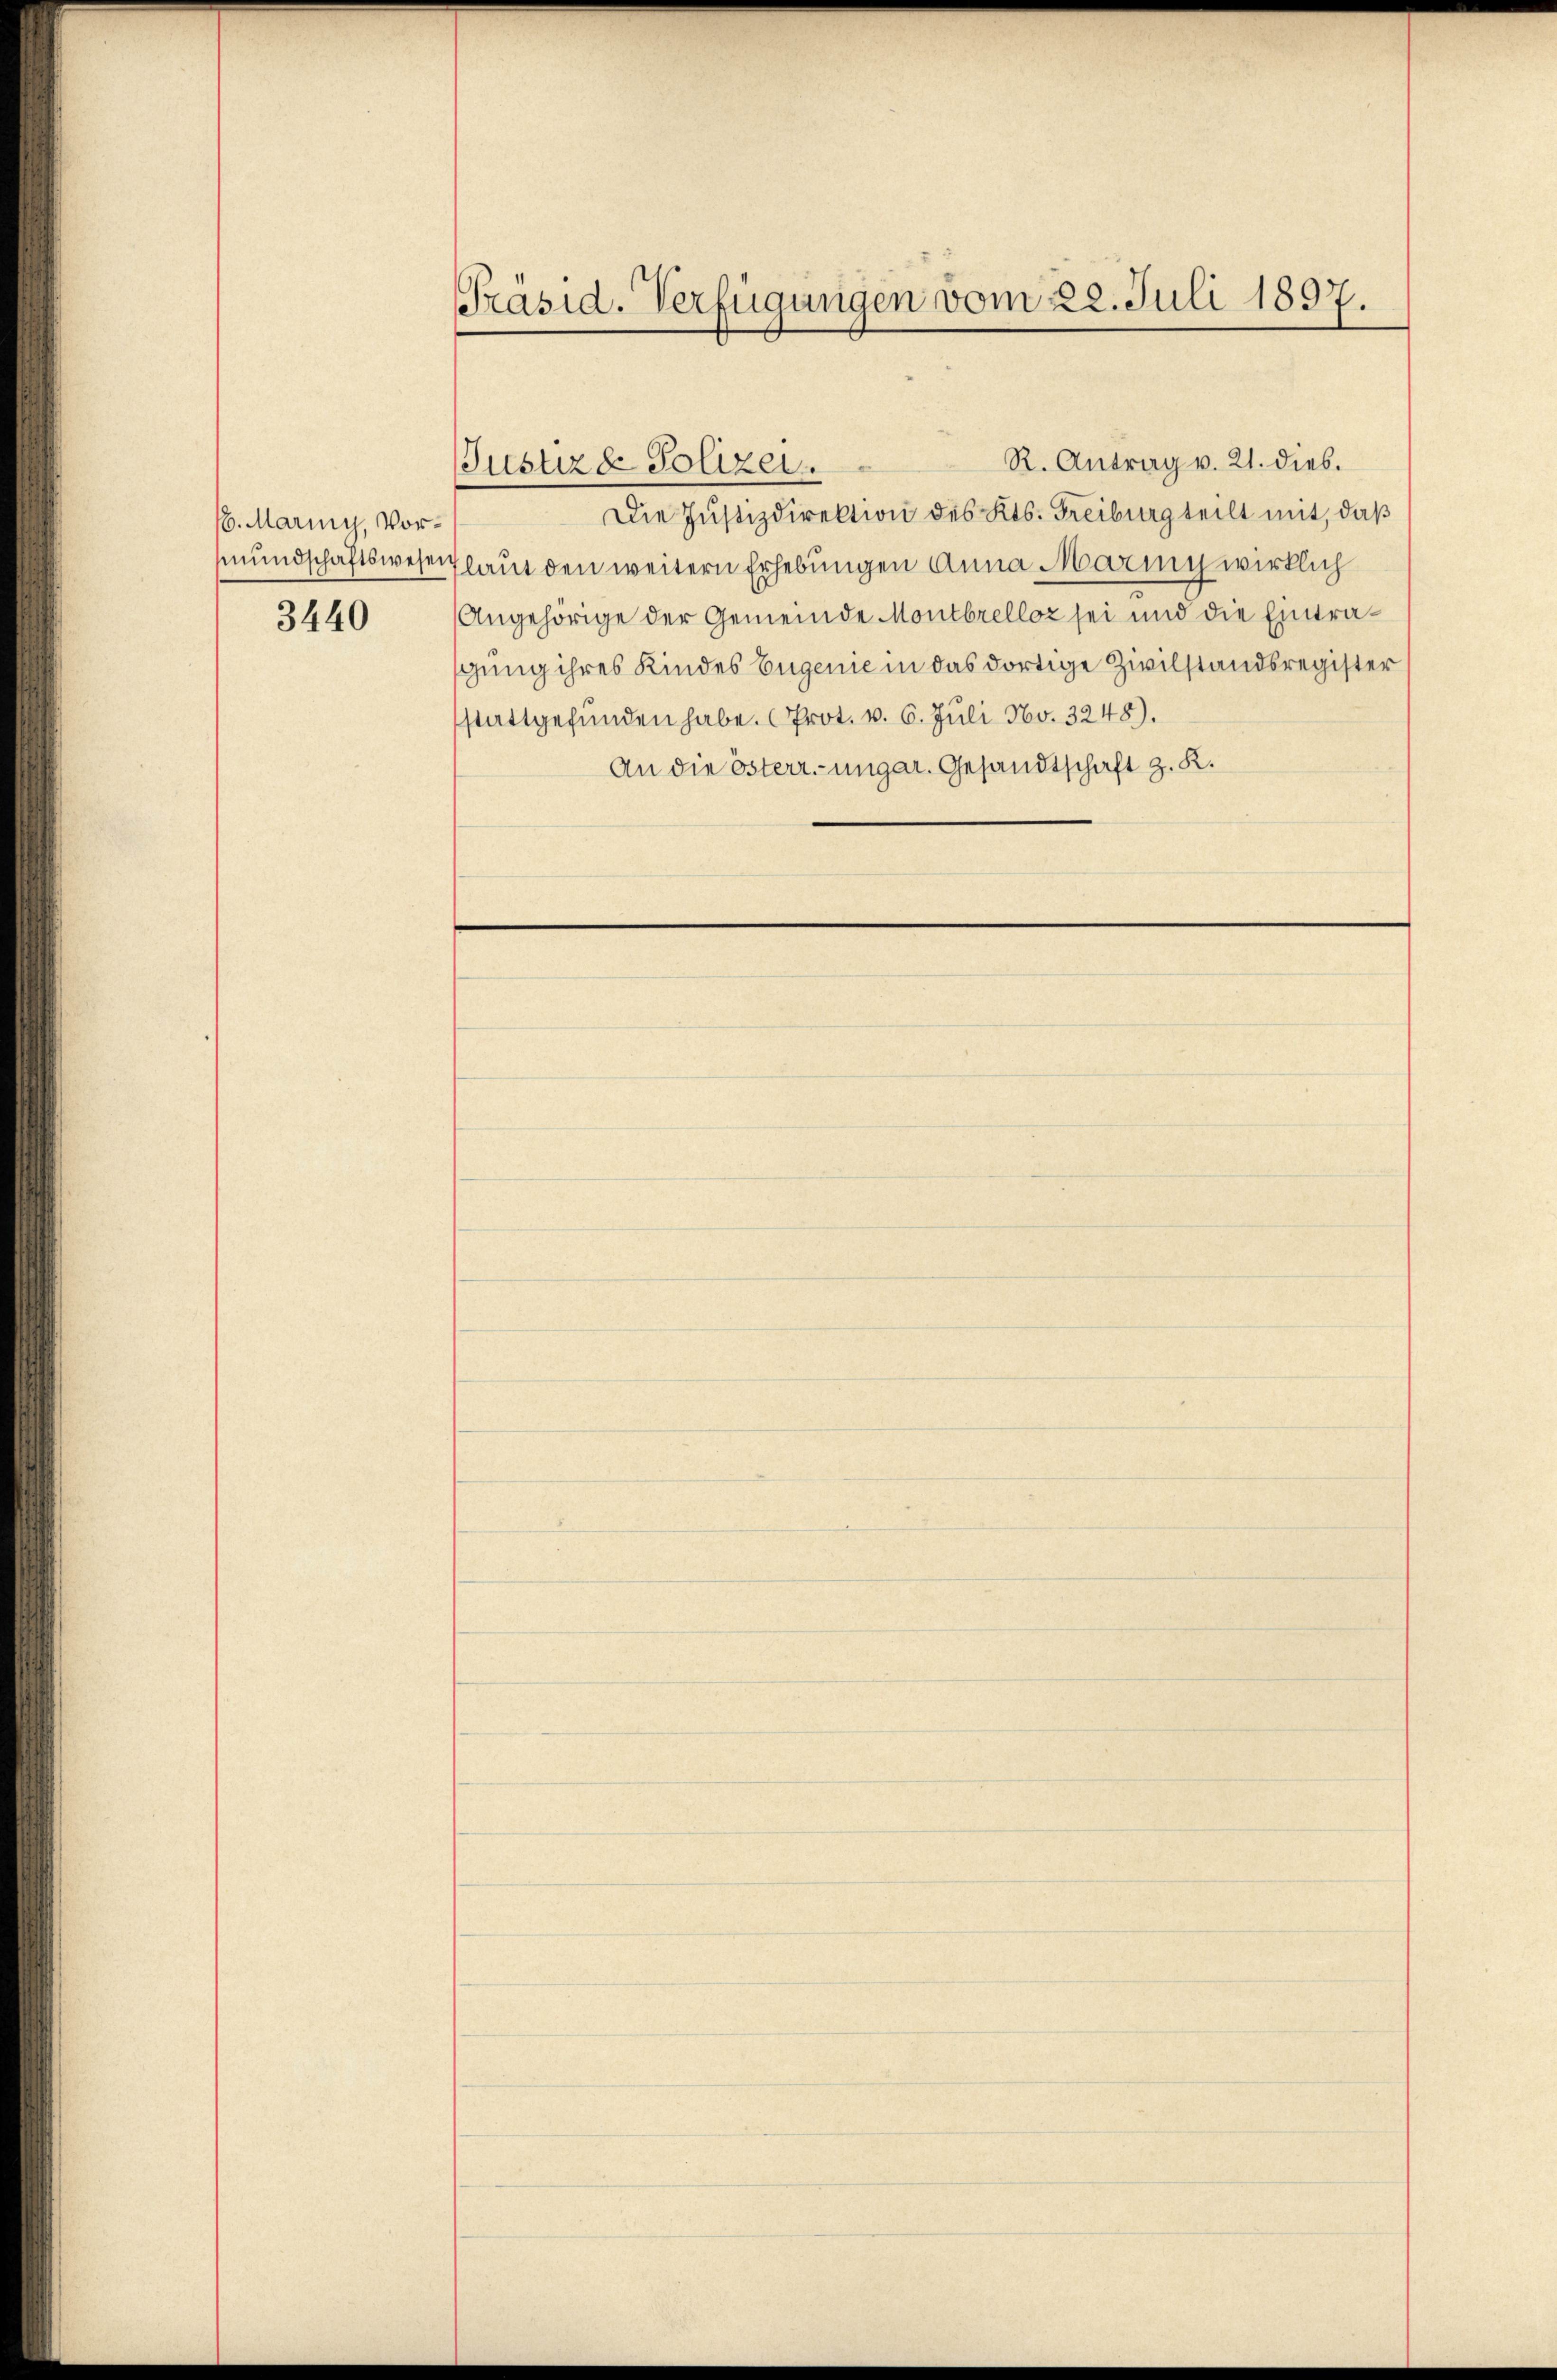
6. Mariny, Vor¬
3440

Präsid. Verfügungen vom 22. Juli 1897.

Justiz & Polizei.

R. Antrag v. 21. dies.
Die Justizdirektion des Kts. Freiburg teilt mit, daß
mundschaftswesentlaut den weitern Erhebungen Anna Maring wirklich
Angehörige der Gemeinde Montbrelloz sei und die Eintragung ihres Kindes Eugenie in das dortige Zivilstandsregister
stattgefunden habe. Prot. v. 6. Juli No. 3248).
An die österr.-ungar. Gesandtschaft z. K.